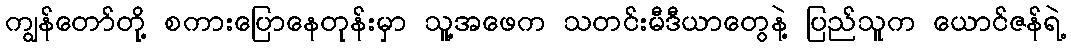
ကျွန်တော်တို့ စကားပြောနေတုန်းမှာ သူ့အဖေက သတင်းမီဒီယာတွေနဲ့ ပြည်သူက ယောင်ဇန်ရဲ့